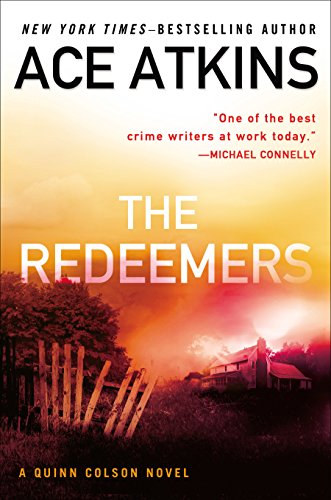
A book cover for The Redeemers (A Quinn Colson Novel); Ace Atkins; Literature & Fiction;